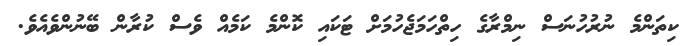
ކިތަންމެ ނުރުހުނަސް ނިމްރާގެ ހިތްހަމަޖެހުމަށް ޓަކައި ކޮންމެ ކަމެއް ވެސް ކުރާން ބޭނުންވެއެވެ.